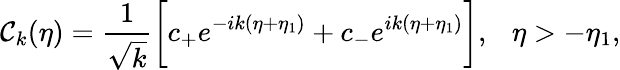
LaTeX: {\cal C}_{k}(\eta)=\frac{1}{\sqrt{k}}\biggl[c_{+}e^{-ik(\eta+\eta_{1})}+c_{-}e^{ik(\eta+\eta_{1})}\biggr],~~~\eta>-\eta_{1},